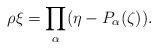
LaTeX: \begin{align*}\rho\xi=\prod_\alpha (\eta-P_\alpha(\zeta)).\end{align*}